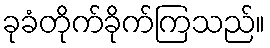
ခုခံတိုက်ခိုက်ကြသည်။